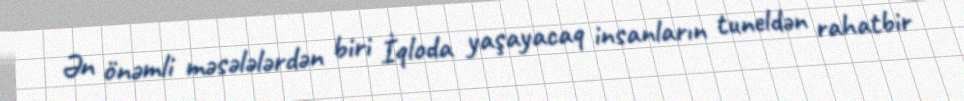
Ən önəmli məsələlərdən biri İqloda yaşayacaq insanların tuneldən rahatbir